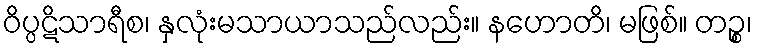
ဝိပ္ပဋိသာရီစ၊ နှလုံးမသာယာသည်လည်း။ နဟောတိ၊ မဖြစ်။ တဉ္စ၊